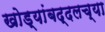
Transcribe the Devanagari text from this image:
खोड्यांबद्दलच्या